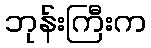
ဘုန်းကြီးက